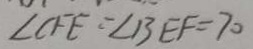
\angle C F E = \angle B E F = 7 0 ^ { \circ }